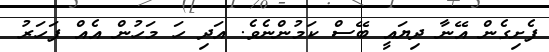
ފެށިގެން އޭނާ ދިޔައީ ބޭސް ކަމުންނެވެ. އަދި ހަ މަހުން އެއް ފަހަރު